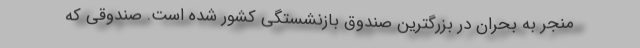
منجر به بحران در بزرگترین صندوق بازنشستگی کشور شده است. صندوقی که